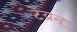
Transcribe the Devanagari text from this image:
टेय्रन्